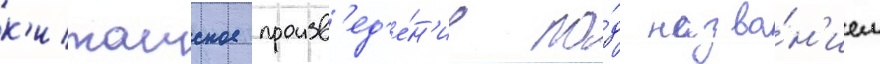
к'итаиское произв'ед'е́н'ие по́д назва́н'ием